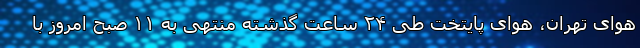
هوای تهران، هوای پایتخت طی ۲۴ ساعت گذشته منتهی به ۱۱ صبح امروز با